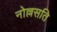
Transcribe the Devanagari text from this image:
नोल्लसति